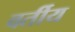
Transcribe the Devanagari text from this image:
वर्तीय